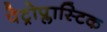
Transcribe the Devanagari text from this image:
पेट्रोप्लास्टिक